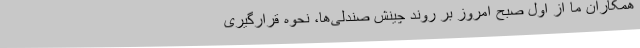
همکاران ما از اول صبح امروز بر روند چینش صندلی‌ها، نحوه قرارگیری